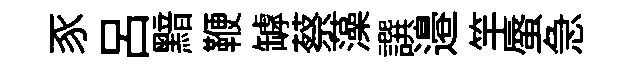
豕呂黯鞭罅蔡藻譔邉竿蜃急